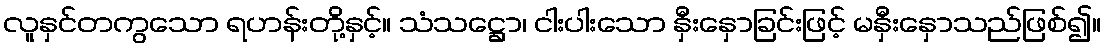
လူနှင်တကွသော ရဟန်းတို့နှင့်။ သံသဋ္ဌော၊ ငါးပါးသော နှီးနှောခြင်းဖြင့် မနှီးနှောသည်ဖြစ်၍။